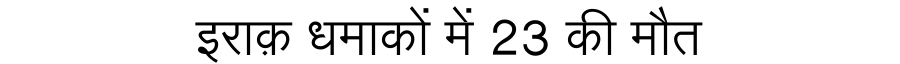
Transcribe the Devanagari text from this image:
इराक़ धमाकों में 23 की मौत